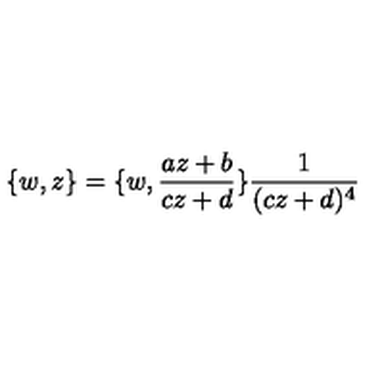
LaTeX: \{ w , z \} = \{ w , \frac { a z + b } { c z + d } \} \frac { 1 } { ( c z + d ) ^ { 4 } }